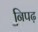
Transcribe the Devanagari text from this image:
निपढ़